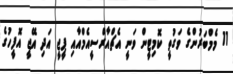
11 މެމްބަރުންގެ ވަގުތީ ކޮމިޓީން ވަނީ އެޗްއާރްސީއެމްއާއި ޕީިޖީ އަދި އޭޖީ އޮފީހުގެ